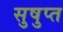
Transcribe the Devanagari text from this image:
सुषुप्‍त